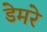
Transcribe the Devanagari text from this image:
डेमरे